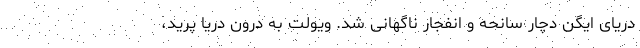
دریای ایگن دچار سانحه و انفجار ناگهانی شد. ویولت به درون دریا پرید،